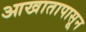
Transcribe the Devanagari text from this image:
आखातापासून